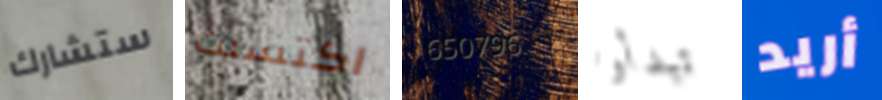
ستشارك اكتسبت 650796 تبدأوا أريد